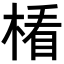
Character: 𣕻